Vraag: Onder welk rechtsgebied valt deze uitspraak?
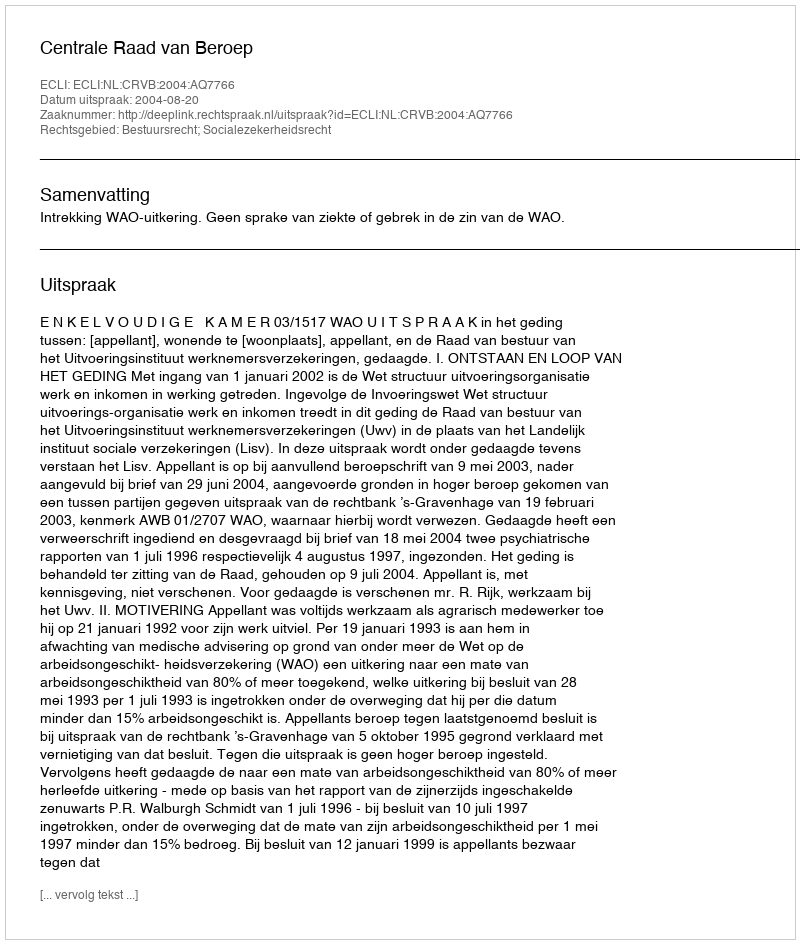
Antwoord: Bestuursrecht; Socialezekerheidsrecht